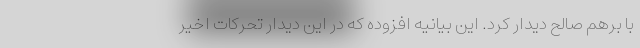
با برهم صالح دیدار کرد. این بیانیه افزوده که در این دیدار تحرکات اخیر